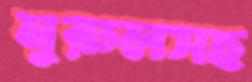
নুরুলসহ